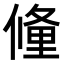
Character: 𬿧